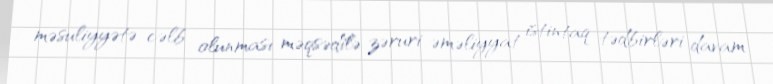
məsuliyyətə cəlb olunması məqsədilə zəruri əməliyyat istintaq tədbirləri davam